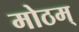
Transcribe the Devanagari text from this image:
मोठम्‌